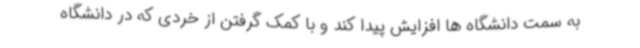
به سمت دانشگاه ها افزایش پیدا کند و با کمک گرفتن از خردی که در دانشگاه